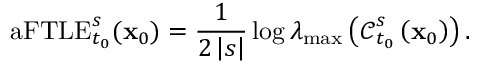
\mathrm { a F T L E } _ { t _ { 0 } } ^ { s } ( \mathbf { x } _ { 0 } ) = \frac { 1 } { 2 \left| s \right| } \log \lambda _ { \mathrm { m a x } } \left( \boldsymbol { \mathcal { C } } _ { t _ { 0 } } ^ { s } \left( \mathbf { x } _ { 0 } \right) \right) .